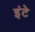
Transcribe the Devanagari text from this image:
इंटे